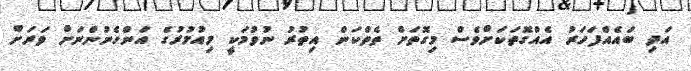
އަދި ބައެއްފަހަރު އެއްގޮތަކަށްވެސް މިގޮތަށް ތެތްކަން އިތުރު ނުވުމަކީ މިއުމުރުގެ އަންހެނުންނަށް ވަރަށް